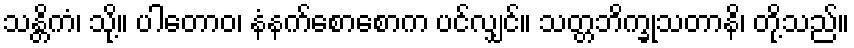
သန္တိကံ၊ သို့။ ပါတောဝ၊ နံနက်စောစောက ပင်လျှင်။ သတ္တဘိက္ခုသတာနိ၊ တို့သည်။